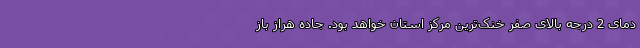
دمای 2 درجه بالای صفر خنک‌ترین مرکز استان خواهد بود. جاده هراز باز